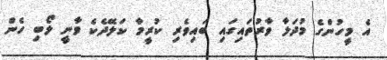
އެ މީހުންގެ މުދަލާ ވާރުތައިގައި ބައިވެރި ކުރީމާ ކަލޭދެކެ ވާނީ ލޯބި ހެން